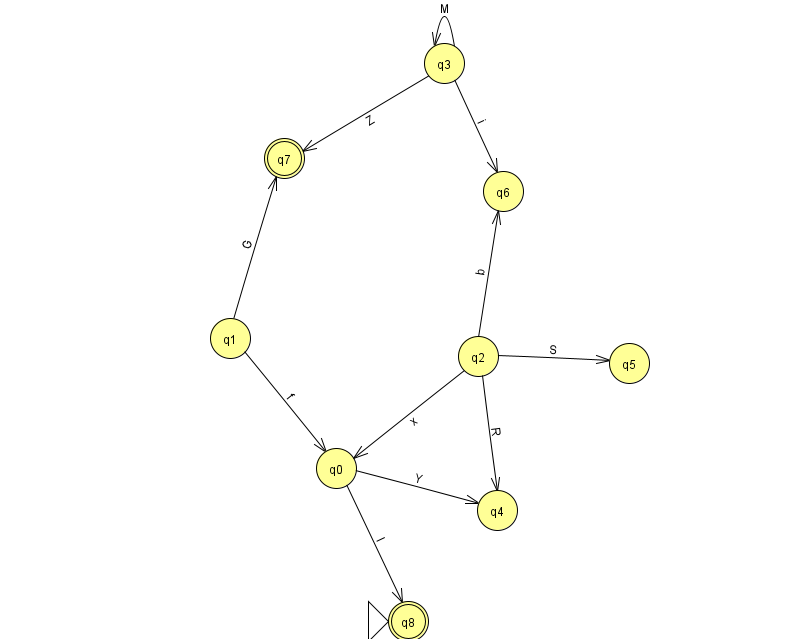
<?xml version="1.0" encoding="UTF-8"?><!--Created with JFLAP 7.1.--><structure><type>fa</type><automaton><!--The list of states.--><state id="0" name="q0"><x>336.0</x><y>455.0</y></state><state id="1" name="q1"><x>230.0</x><y>325.0</y></state><state id="2" name="q2"><x>478.0</x><y>343.0</y></state><state id="3" name="q3"><x>444.0</x><y>50.0</y></state><state id="4" name="q4"><x>497.0</x><y>497.0</y></state><state id="5" name="q5"><x>629.0</x><y>350.0</y></state><state id="6" name="q6"><x>503.0</x><y>178.0</y></state><state id="7" name="q7"><x>284.0</x><y>145.0</y><final/></state><state id="8" name="q8"><x>408.0</x><y>608.0</y><initial/><final/></state><!--The list of transitions.--><transition><from>3</from><to>6</to><read>i</read></transition><transition><from>0</from><to>4</to><read>Y</read></transition><transition><from>1</from><to>7</to><read>G</read></transition><transition><from>2</from><to>0</to><read>x</read></transition><transition><from>1</from><to>0</to><read>f</read></transition><transition><from>2</from><to>4</to><read>R</read></transition><transition><from>2</from><to>6</to><read>b</read></transition><transition><from>3</from><to>7</to><read>Z</read></transition><transition><from>3</from><to>3</to><read>M</read></transition><transition><from>0</from><to>8</to><read>l</read></transition><transition><from>2</from><to>5</to><read>S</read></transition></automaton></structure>